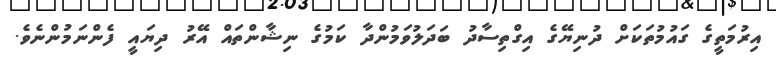
އިރުމަތީގެ ގައުމުތަކަށް ދުނިޔޭގެ އިގްތިސާދު ބަދަލުވަމުންދާ ކަމުގެ ނިޝާންތައް އޭރު ދިޔައީ ފެންނަމުންނެވެ.